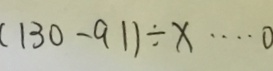
( 1 3 0 - 9 1 ) \div x \cdots 0